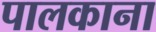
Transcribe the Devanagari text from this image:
पालकाना